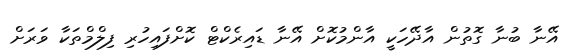
އޭނާ ބުނާ ގޮތުން އާދޭހަކީ އާންމުކޮށް އޭނާ ޑައިރެކްޓް ކޮށްފައިހުރި ފިލްމްތަކާ ވަރަށް